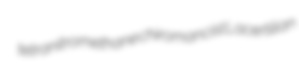
tetranitromethane chiromancist Lacertilian